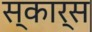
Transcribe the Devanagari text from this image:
स्कार्स